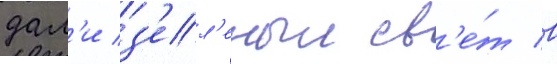
дал'и з'ел'еныи св'е́т в